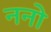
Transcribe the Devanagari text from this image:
ननो